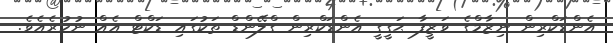
އެންޑަކްރިން ނިޒާމްގެ ވަޒީފާ ޙަގީގީ އެންޑަކްރިން ގްލޭންޑް ތަކުގައި ޑަކްޓް އެއް ނުހުރެެއެވެ.